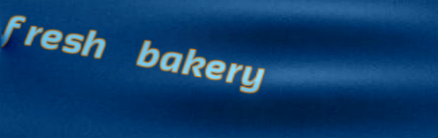
fresh bakery